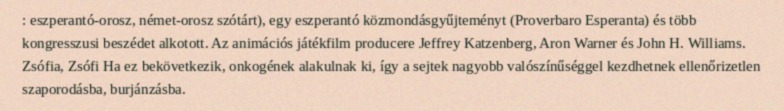
: eszperantó-orosz, német-orosz szótárt), egy eszperantó közmondásgyűjteményt (Proverbaro Esperanta) és több kongresszusi beszédet alkotott. Az animációs játékfilm producere Jeffrey Katzenberg, Aron Warner és John H. Williams. Zsófia, Zsófi Ha ez bekövetkezik, onkogének alakulnak ki, így a sejtek nagyobb valószínűséggel kezdhetnek ellenőrizetlen szaporodásba, burjánzásba.